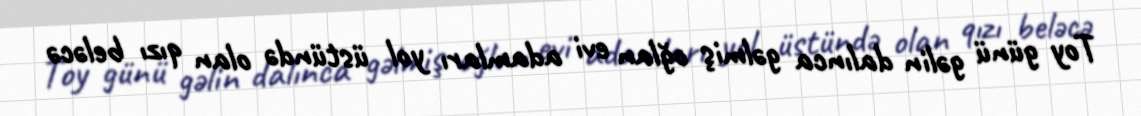
Toy günü gəlin dalınca gəlmiş oğlan evi adamları yol üstündə olan qızı beləcə